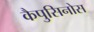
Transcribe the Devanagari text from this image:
कैपुसिनोस